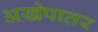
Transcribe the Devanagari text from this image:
अखेपातर